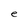
Character: e